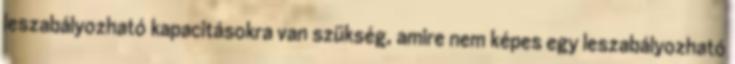
leszabályozható kapacitásokra van szükség, amire nem képes egy leszabályozható